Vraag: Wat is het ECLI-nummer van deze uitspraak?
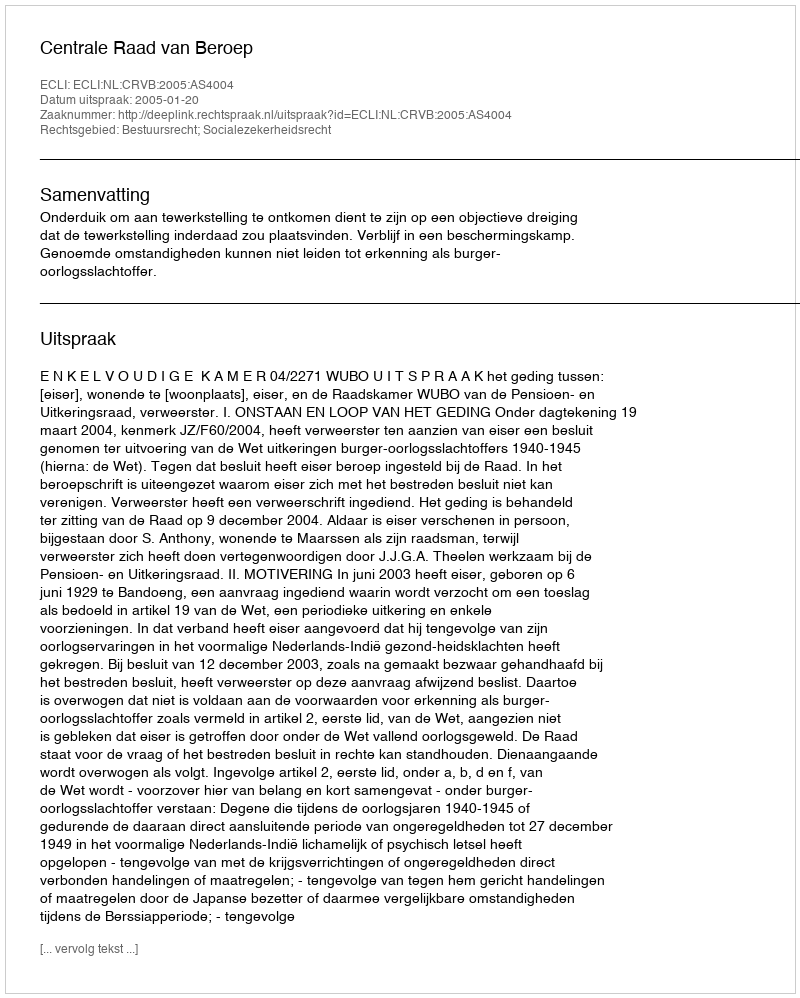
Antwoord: ECLI:NL:CRVB:2005:AS4004